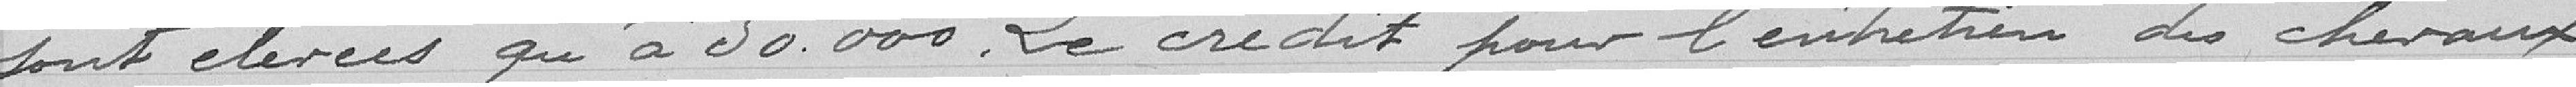
sont élevées qu'à 50000. Le crédit pour l'entretien des chevaux